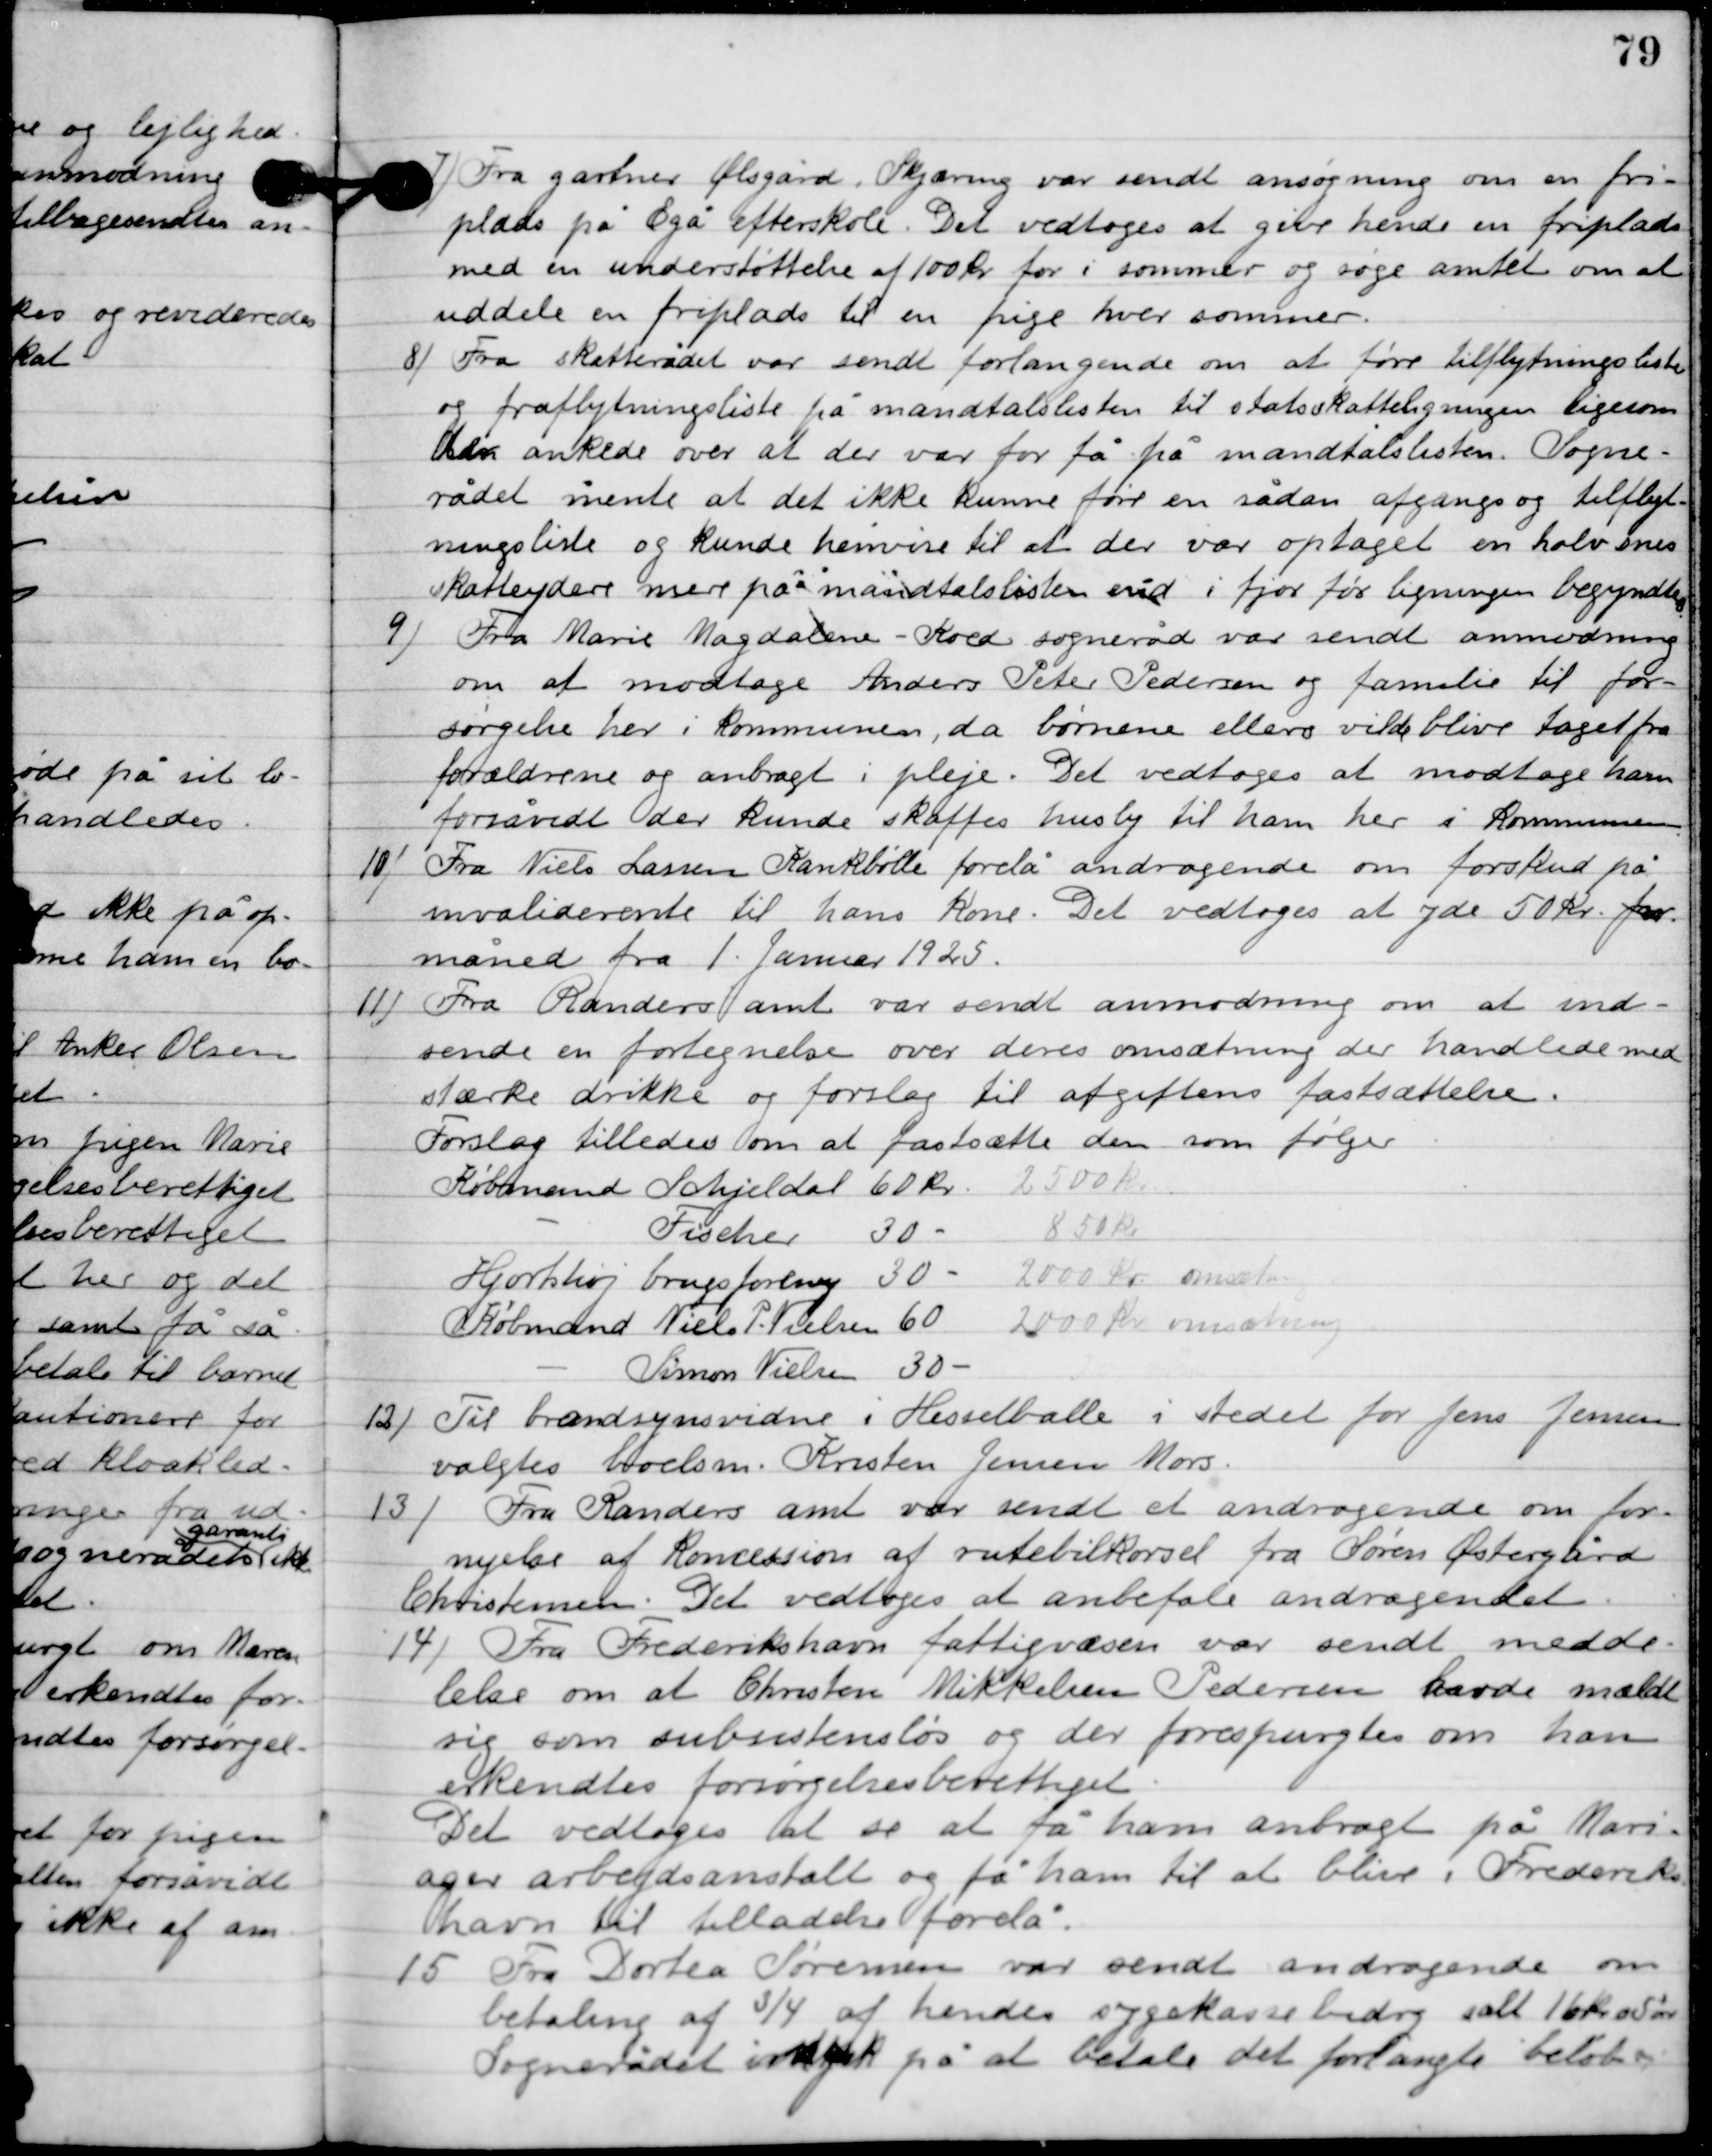
Transskription:
7

Fra gartner Ølsgård, Skjæring var sendt ansøgning om en fri-
plads på Egå efterskole. Det vedtoges at give hende en friplads
med en understøttelse af 100 kr. for i sommer og søge amtet om at
uddele en friplads til en pige hver sommer.

8

Fra skatterådet var sendt forlangende om at føre tilflytningslister
og fraflytningsliste på mandtalslisten til statsskatteligningen ligesom
der ønskedes over at der var for få på mandtalslisten. Sogne-
rådet mente at det ikke kunne føre en sådan afgangs og tilflyt-
ningsliste og kunde henvise til at der var optaget en halv snes
 skatteydere mere på mandtalslisten end i fjord før ligningen begyndte.

9

Fra Marie Magdalene Koed sogneråd var sendt anmodning
om at modtage Anders Peter Pederen og familie til for-
sørgelse her i kommunen, da børnene ellers vilde blive taget fra
forældrene og anbrat i pleje. Det vedtoges at modtage ham
for så vidt der kunde skaffes husly til ham her i kommunen.

10

Fra Niels Lassen Krankbølle forelå andragende om forskud på
invaliderente til hans kone. Det vedtoges at yde 50 kr. pr.
 måned pr. 1. Januar 1925.

11

Fra Randers amt var sendt anmodning om at ind-
sende en fortegnelse over deres omsætning der handlede med
stærke drikke og forslog til afgiftens fastsættelse.
Forslag tilledes om fastsætte dem som følger
Købmand Schjeldal				60 kr.	2500 kr.
		-			Fischer				30 kr.	850 kr.
Hjorthøj brugsforening			30 kr.	2000 kr.	omsætning
Købmand Niels P. Nielsen	60 kr.	2000 kr. omsætning
		-			Simon Nielsen	30 kr.

12

Til branssynsvidne i Hesselballe i stedet for Jens Jensen
 valgtes boelsm. Kristen Jenssen Mors.

13

Fra Randers amt var sendt et andragende om for-
nyelse af Koncession af rutebilkørsel fra Søren Østergård
Christensen. Det vedtoges at anbefale andragendet.

14

Fra Frederikshavn fattigvæsen var sendt medde-
lelse om at Christen Mikkelsen Pedersen havde mældt
sig som subsistensløs og der forespurgtes om han
erkendtes forsørgelsesberettiget.
Det vedtoges at se at få ham anbragt på Mari-
ager arbejdsanstalt og få ham til at blive i Frederiks-
havn til tilladelse forelå.

15

Fra Dortea Sørensen var sendt andragende om
betaling af ¾ af hendes sygekassebidrag i alt 16 kr. 5 øre.
Sognerådet indgik på at betale det forlangte beløb.